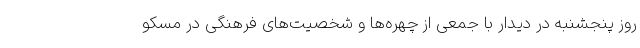
روز پنجشنبه در دیدار با جمعی از چهره‌ها و شخصیت‌های فرهنگی در مسکو